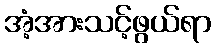
အံ့အားသင့်ဖွယ်ရာ